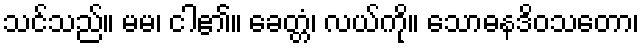
သင်သည်။ မမ၊ ငါ၏။ ခေတ္တံ၊ လယ်ကို။ သောဓနဒိဝသတော၊